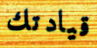
قيادتك